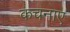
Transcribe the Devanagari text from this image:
कचनाए